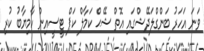
ވަނަ އަހަރު ބަންގްލަދޭޝްގައި އޮތް ޝޭޙް ކަމާލް ކަޕް ޓީސީއިން ކާމިޔާބު ކުރި